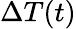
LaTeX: \Delta T(t)